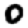
Digit: 0